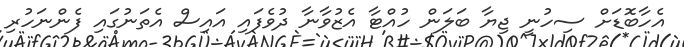
އެހާބޮޑަށް ސިހުނީ ޖިޔާ ބަލަން ހުއްޓާ އެޒުވާނާ ދުވެފައި އައިސް އެތަނުގައި ފެންނަހުރި